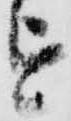
を